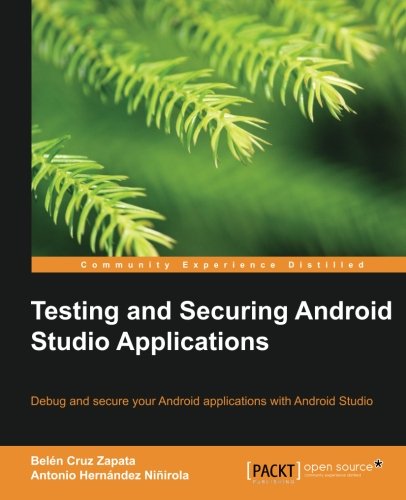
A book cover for Testing and Securing Android Studio Applications; Belen Cruz Zapata; Computers & Technology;